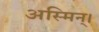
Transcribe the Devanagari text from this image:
अस्मिन्।